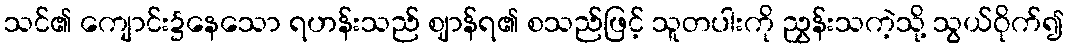
သင်၏ ကျောင်း၌နေသော ရဟန်းသည် ဈာန်ရ၏ စသည်ဖြင့် သူတပါးကို ညွှန်းသကဲ့သို့ သွယ်ဝိုက်၍